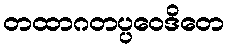
တထာဂတပ္ပဝေဒိတေ